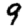
Digit: 9